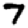
Digit: 7